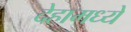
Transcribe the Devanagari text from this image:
देहामध्ये